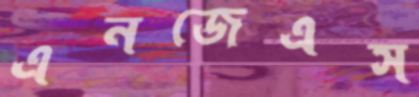
এনজেএস